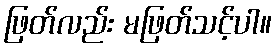
ဖြတ်လည်း မဖြတ်သင့်ပါ။